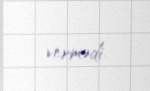
vermədi.